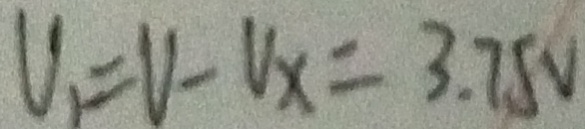
V _ { 1 } = V - V _ { x } = 3 . 7 5 V